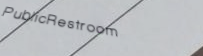
PublicRestroom